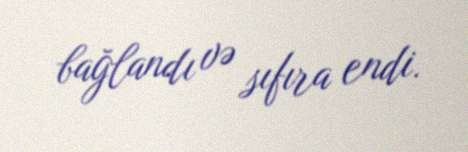
bağlandı və sıfıra endi.